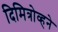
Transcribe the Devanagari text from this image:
दिमित्रोव्हने